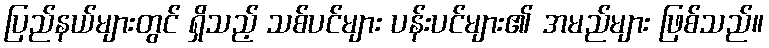
ပြည်နယ်များတွင် ရှိသည့် သစ်ပင်များ ပန်းပင်များ၏ အမည်များ ဖြစ်သည်။